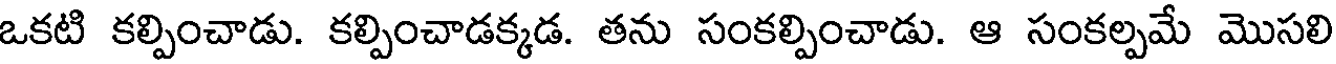
ఒకటి కల్పించాడు. కల్పించాడక్కడ. తను సంకల్పించాడు. ఆ సంకల్పమే మొసలి